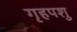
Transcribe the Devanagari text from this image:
गृहपशु